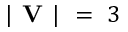
| \textbf { V } | ~ = ~ 3